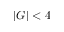
| G | < 4